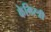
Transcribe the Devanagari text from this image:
केमिस्त्री